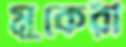
মুকেরী